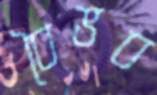
বৈভব